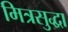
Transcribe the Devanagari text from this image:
मित्रसुद्धा